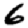
Digit: 6